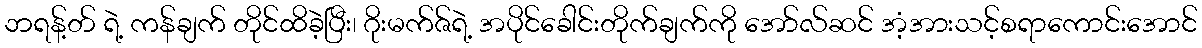
ဘရန့်တ် ရဲ့ ကန်ချက် တိုင်ထိခဲ့ပြီး၊ ဂိုးမက်ဇ်ရဲ့ အပိုင်ခေါင်းတိုက်ချက်ကို အော်လ်ဆင် အံ့အားသင့်စရာကောင်းအောင်